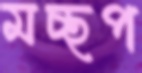
মচ্ছপ